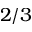
2 / 3